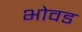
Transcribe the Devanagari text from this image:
भोवड